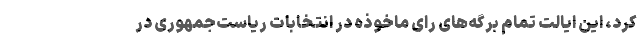
کرد، این ایالت تمام برگه‌های رای ماخوذه در انتخابات ریاست‌جمهوری در